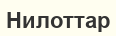
Нилоттар